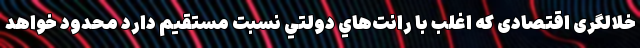
خلالگری اقتصادی که اغلب با رانت‌هاي دولتي نسبت مستقیم دارد محدود خواهد